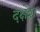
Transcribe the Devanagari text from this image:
दक्षेश